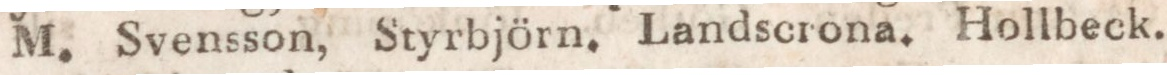
M. Svensson, Styrbjörn. Landsorona. Hollbeck.